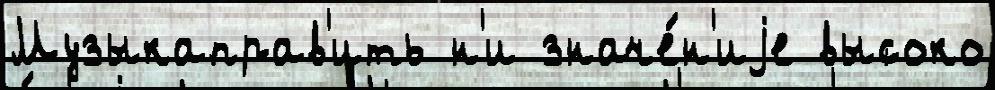
Музыкаправ'ить н'и значе́н'иjе высоко